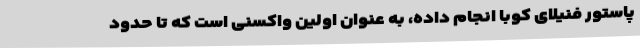
پاستور فنیلای کوبا انجام داده، به عنوان اولین واکسنی است که تا حدود